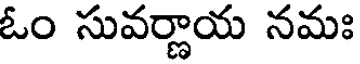
ఓం సువర్ణాయ నమః